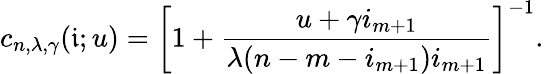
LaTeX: c_{n,\lambda,\gamma}(\mathfrak{i};u)=\left[1+\frac{u+\gamma i_{m+1}}{\lambda(n-m-i_{m+1})i_{m+1}}\right]^{-1}.